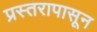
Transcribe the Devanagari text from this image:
प्रस्तरापासून